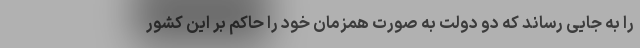
را به جایی رساند که دو دولت به صورت همزمان خود را حاکم بر این کشور